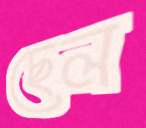
ছেল